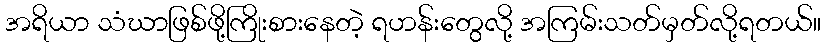
အရိယာ သံဃာဖြစ်ဖို့ကြိုးစားနေတဲ့ ရဟန်းတွေလို့ အကြမ်းသတ်မှတ်လို့ရတယ်။